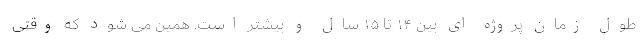
طول زمان پروژه ای بین ۱۴ تا ۱۵ سال و بیشتر است. همین می شود که وقتی